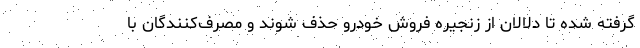
گرفته شده تا دلالان از زنجیره فروش خودرو حذف شوند و مصرف‌کنندگان با